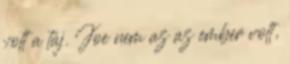
volt a táj. Joe nem az az ember volt,